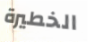
الخطيرة